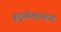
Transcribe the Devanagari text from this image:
कुटुम्बेश्वरयात्रा